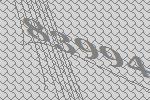
83994